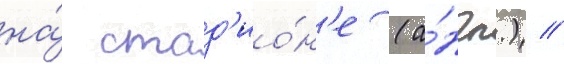
на́ стад'ио́н'е (а́нгл.) //